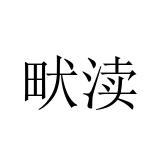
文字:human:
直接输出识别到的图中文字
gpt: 畎渎